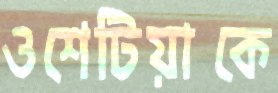
ওশেটিয়াকে